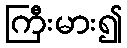
ကြီးမား၍